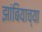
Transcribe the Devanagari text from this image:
झांबियाच्या